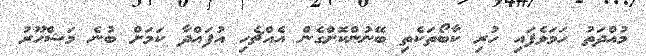
މުއްދަތު ހަމަވެފައި ހުރި ކާބޯތަކެތި ބޭނުންކޮށްގެން އެއްޗެހި އުފައްދާ ކަމަށް ބުނެ މަޝްހޫރު